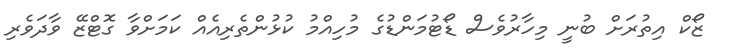
ޒޯކް އިތުރަށް ބުނީ މިހާރުވެސް ޑޯޓުމަންޑުގެ މުހިއްމު ކުޅުންތެރިއެއް ކަމަށްވާ ގޮޓްޒޭ ވާދަވެރި